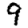
Digit: 9